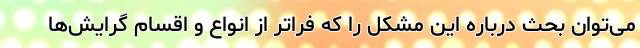
می‌توان بحث درباره این مشکل را که فراتر از انواع و اقسام گرایش‌ها